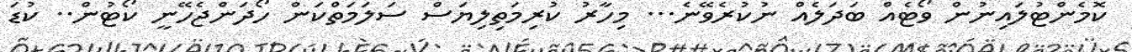
ކޮމެންޓުލައިނުން ވޯޓެއް ބަދަލެއް ނުކުރެވޭނެ... މިހާރު ކުރިމަތިލިޔަސް ސަލަމަތްކަން ހޯދަންޖެހޭނީ ކޯޓުން.. ކުޑަ